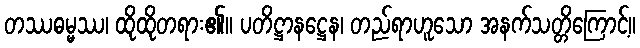
တဿဓမ္မဿ၊ ထိုထိုတရား၏။ ပတိဋ္ဌာနဋ္ဌေန၊ တည်ရာဟူသော အနက်သတ္တိကြောင့်။